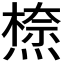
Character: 𭵾